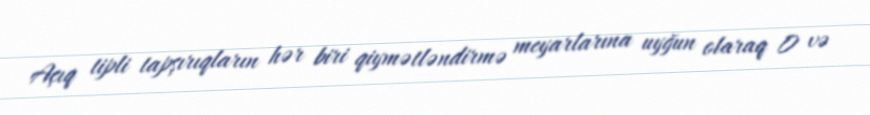
Açıq tipli tapşırıqların hər biri qiymətləndirmə meyarlarına uyğun olaraq 0 və